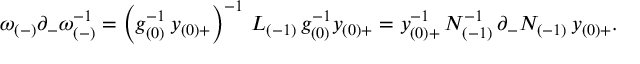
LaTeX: \omega _ { ( - ) } \partial _ { - } \omega _ { ( - ) } ^ { - 1 } = \left( g _ { ( 0 ) } ^ { - 1 } \, y _ { ( 0 ) + } \right) ^ { - 1 } \, L _ { ( - 1 ) } \, g _ { ( 0 ) } ^ { - 1 } y _ { ( 0 ) + } = y _ { ( 0 ) + } ^ { - 1 } \, N _ { ( - 1 ) } ^ { - 1 } \, \partial _ { - } N _ { ( - 1 ) } \, y _ { ( 0 ) + } .